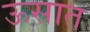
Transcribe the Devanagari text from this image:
ऊसात